Lunatic asylums Central Provinces reports 1895-1909 - 1895-1909
Year: 1895
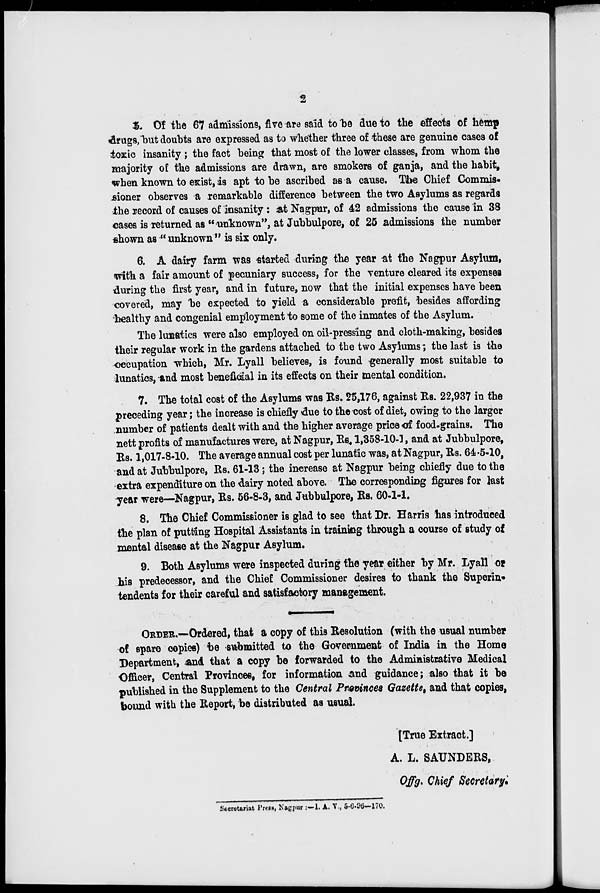
2
5. Of the 67 admissions, five are said to be due to the effects of hemp
drugs, but doubts are expressed as to whether three of these are genuine cases of
toxic insanity; the fact being that most of the lower classes, from whom the
majority of the admissions are drawn, are smokers of ganja, and the habit,
when known to exist, is apt to be ascribed as a cause. The Chief Commis-
sioner observes a remarkable difference between the two Asylums as regards
the record of causes of insanity : at Nagpur, of 42 admissions the cause in 38
eases is returned as " unknown", at Jubbulpore, of 25 admissions the number
shown as "unknown" is six only.
6. A dairy farm was started during the year at the Nagpur Asylum,
with a fair amount of pecuniary success, for the venture cleared its expenses
during the first year, and in future, now that the initial expenses have been
covered, may be expected to yield a considerable profit, besides affording
healthy and congenial employment to some of the inmates of the Asylum.
The lunatics were also employed on oil-pressing and cloth-making, besides
their regular work in the gardens attached to the two Asylums; the last is the
occupation which, Mr. Lyall believes, is found -generally most suitable to
lunatics, and most beneficial in its effects on their mental condition.
7. The total cost of the Asylums was Rs. 25,176, against Rs. 22,937 in the
preceding year ; the increase is chiefly due to the cost of diet, owing to the larger
number of patients dealt with and the higher average price of food-grains. The
nett profits of manufactures were, at Nagpur, Rs. 1,358-10-1, and at Jubbulpore,
Rs. 1,017-8-10. The average annual cost per lunatic was, at Nagpur, Rs. 64 -5-10,
and at Jubbulpore, Rs. 61-13; the increase at Nagpur being chiefly due to the
extra expenditure on the -dairy noted above. The corresponding figures for last
year were—Nagpur, Rs. 56-8-3, and Jubbulpore, Rs. 60-1-1.
8. The Chief Commissioner is glad to see that Dr. Harris has introduced
the plan of putting Hospital Assistants in training through a course of study of
mental disease at the Nagpur Asylum.
9. Both Asylums were inspected during the year either by Mr. Lyall or
his predecessor, and the Chief Commissioner desires to thank the Superin-
tendents for their careful and satisfactory management.
ORDER.—Ordered, that a copy of this Resolution (with the usual number
of spare copies) be submitted to the Government of India in the Home
Department, and that a copy be forwarded to the Administrative Medical
Officer, Central Provinces, for information and guidance; also that it be
published in the Supplement to the Central Provinces Gazette, and that copies,
bound with the Report, be distributed as usual.
[True Extract.]
A. L. SAUNDERS,
Offg. Chief Secretary.
Secretariat Press, Nagpur .—I. A. V., 5-6-96—170.